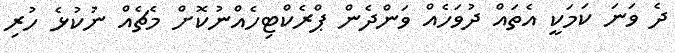
ދެ ވަނަ ކަމަކީ އެތައް ދުވަހެއް ވަންދެން ޕްރެކްޓިހެއްނުކޮށް މެޗެއް ނުކުޅެ ހުރި